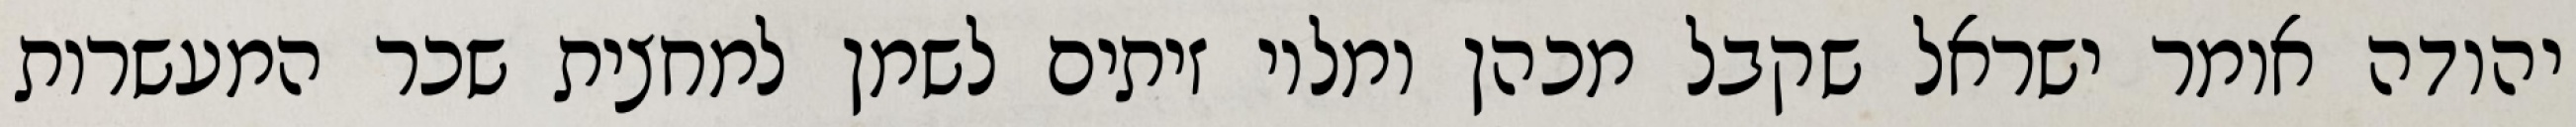
יהודה אומר ישראל שקבל מכהן ומלוי זיתים לשמן למחצית שכר המעשרות